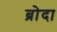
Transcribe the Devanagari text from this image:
ब्रोदा